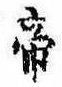
帝